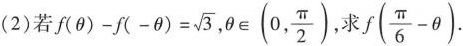
(2)若$$f(\theta)-f(- \theta)= \sqrt{3}$$, $$\theta \in(0, \frac{\pi}{2})$$ 求$$f(\frac{\pi}{6}- \theta)$$.